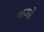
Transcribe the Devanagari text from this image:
बाटतो